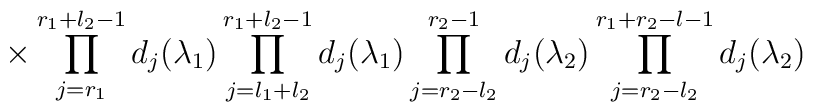
\times \prod^{r_1 + l_2 -1}_{j= r_1} d_j (\lambda_1) \prod^{r_1+l_2-1}_{j=l_1 +l_2} d_j (\lambda_1) \prod^{r_2- 1}_{j=r_2 - l_2} d_j (\lambda_2) \prod^{r_1+r_2-l-1}_{j=r_2 -l_2}d_j(\lambda_2)